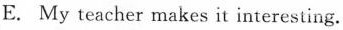
E. My teacher makes it interesting.